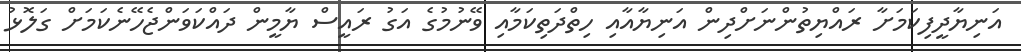
އަނިޔާދީފިކަމަށާ ރައްޔިތުންނަށްދިން އަނިޔާއާއި ހިތްދަތިކަމާއި ވޭނުމުގެ އަގު ރައީސް ޔާމީން ދައްކަވަންޖެހޭނެކަމަށް ގަލޮޅު